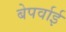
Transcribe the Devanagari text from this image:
बेपर्वाई